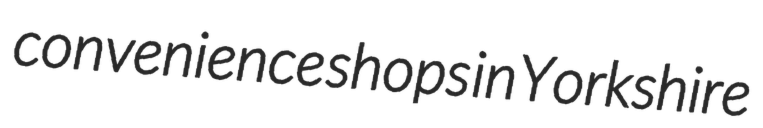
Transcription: convenience shops in Yorkshire